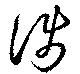
渉